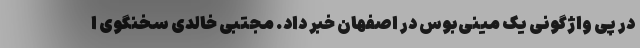
در پی واژگونی یک مینی‌بوس در اصفهان خبر داد. مجتبی خالدی سخنگوی ا